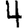
Digit: 4